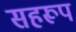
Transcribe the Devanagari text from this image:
सहरूप